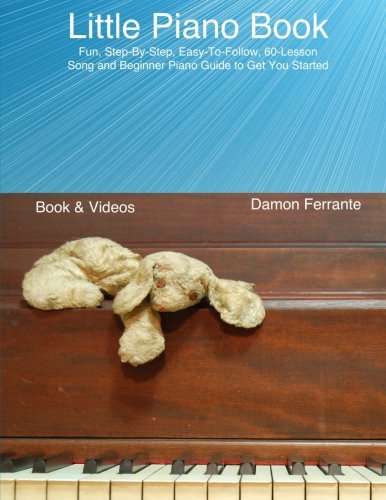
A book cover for Little Piano Book: Fun, Step-By-Step, Easy-To-Follow, 60-Lesson Song and Beginner Piano Guide to Get You Started (Book & Streaming Videos); Damon Ferrante; Teen & Young Adult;